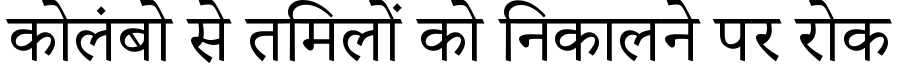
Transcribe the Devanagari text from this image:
कोलंबो से तमिलों को निकालने पर रोक